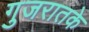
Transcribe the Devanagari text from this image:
गुजरातके